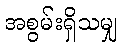
အစွမ်းရှိသမျှ